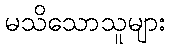
မသိသောသူများ